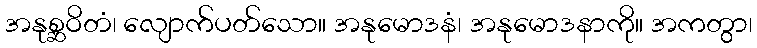
အနုစ္ဆဝိတံ၊ လျောက်ပတ်သော။ အနုမောဒနံ၊ အနုမောဒနာကို။ အကတွာ၊